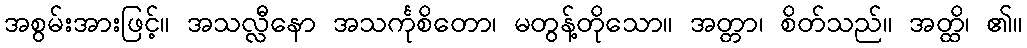
အစွမ်းအားဖြင့်။ အသလ္လီနော အသင်္ကုစိတော၊ မတွန့်တိုသော။ အတ္တာ၊ စိတ်သည်။ အတ္ထိ၊ ၏။